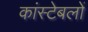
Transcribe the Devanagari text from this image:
कांस्‍टेबलों